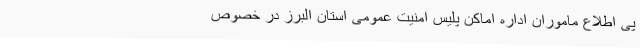
پی اطلاع ماموران اداره اماکن پلیس امنیت عمومی استان البرز در خصوص